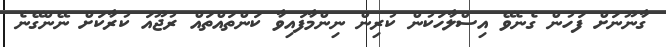
ގާނޫނަށް ފަހުން ގެނެވޭ އިސްލާހަކުން ކުރިން ނިންމާފައިވާ ކަންތައްތައް ރުޖޫއަ ކުރާކަށް ނޭންގޭނެ